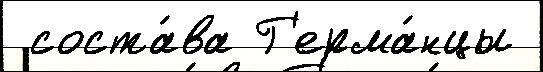
 соста́ва Г'ерма́нцы